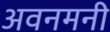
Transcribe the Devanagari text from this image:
अवनमनी